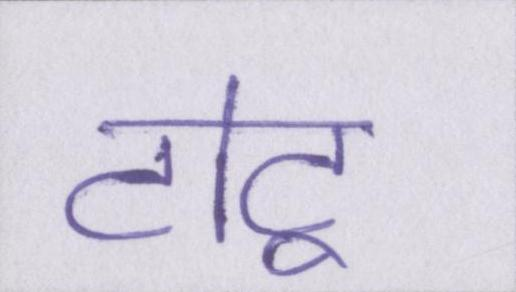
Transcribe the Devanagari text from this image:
टोटू